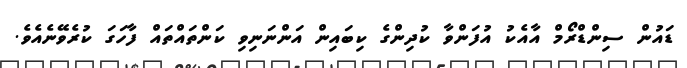
ޑައުން ސިންޑްރޯމް އާއެކު އުފަންވާ ކުދިންގެ ކިބައިން އަންނަނިވި ކަންތައްތައް ފާހަގަ ކުރެވޭނެއެވެ.